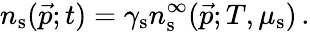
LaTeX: n_{\mathrm{s}}(\vec{p};t)=\gamma_{\mathrm{s}}n_{\mathrm{s}}^{\infty}(\vec{p};T,\mu_{\mathrm{s}})\, .